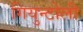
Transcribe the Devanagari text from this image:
गियुन्टोली